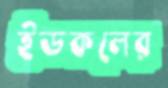
ইডকলের